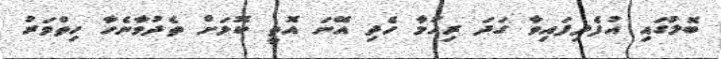
ބޮލުގައި އުފެދިފައިވާ ގަދަ ރިހުމާ ހެދި އޭނަ އޮތީ ކޮޅަށް ތެދުވާނެހާ ހިތްވަރު